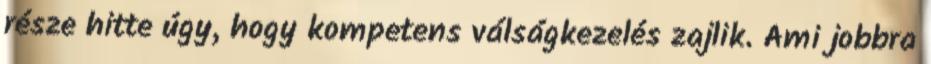
része hitte úgy, hogy kompetens válságkezelés zajlik. Ami jobbra